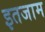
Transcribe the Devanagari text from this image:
इतजाम